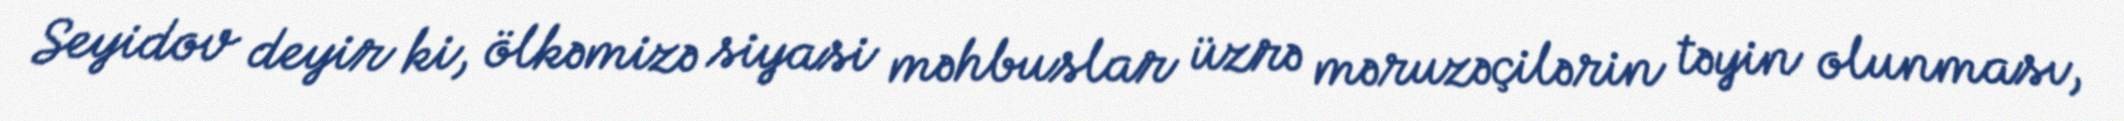
Seyidov deyir ki, ölkəmizə siyasi məhbuslar üzrə məruzəçilərin təyin olunması,